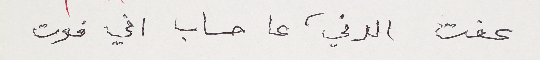
عفت الدني، عا حساب اني فوت